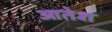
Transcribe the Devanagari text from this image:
आतेश